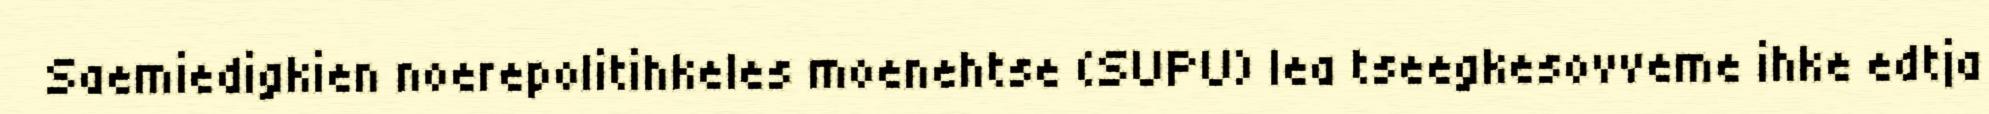
Saemiedigkien noerepolitihkeles moenehtse (SUPU) lea tseegkesovveme ihke edtja